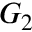
G _ { 2 }